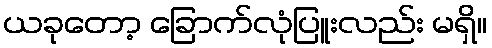
ယခုတော့ ခြောက်လုံပြူးလည်း မရှိ။